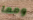
ومما